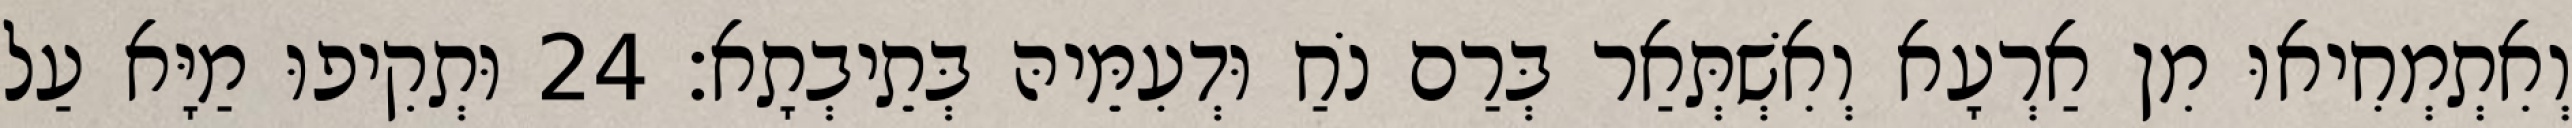
וְאִתְמְחִיאוּ מִן אַרְעָא וְאִשְׁתְּאַר בְּרַם נֹחַ וּדְעִמֵּיהּ בְּתֵיבְתָא׃ 24 וּתְקִיפוּ מַיָּא עַל